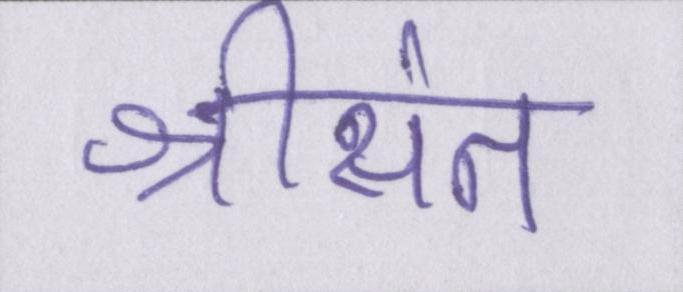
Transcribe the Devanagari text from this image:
श्रीसंत